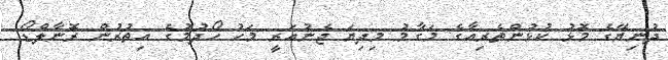
ދުނިޔޭގެ މޮޅު ކުޅުންތެރިއާގެ މަގާމު މިދިޔަ ޖެނުއަރީ މަހު ހޯދުމުގެ އިތުރުން ރޮނާލްޑޯ